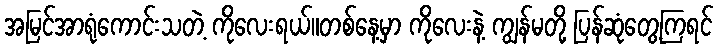
အမြင်အာရုံကောင်းသတဲ့ ကိုလေးရယ်။တစ်နေ့မှာ ကိုလေးနဲ့ ကျွန်မတို့ ပြန်ဆုံတွေ့ကြရင်